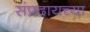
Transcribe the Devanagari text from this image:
संप्रदायच्या